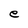
Character: e